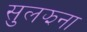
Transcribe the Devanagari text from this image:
सुलझना